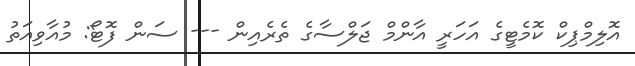
އޮލިމްޕިކް ކޮމެޓީގެ އަހަރީ އާންމް ޖަލްސާގެ ތެރެއިން --- ސަން ފޮޓޯ: މުއާވިއަތު